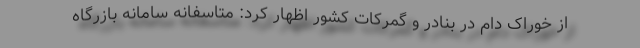
از خوراک دام در بنادر و گمرکات کشور اظهار کرد: متاسفانه سامانه بازرگاه